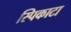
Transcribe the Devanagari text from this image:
स्पिकाटा